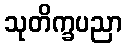
သုတိက္ခပညာ